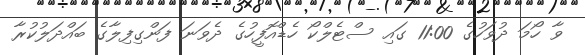
ވާ ހޯމަ ދުވަހުގެ 11:00 ގައި ސްޓެލްކޯ ހެޑްއޮފީހުގެ ދެވަނަ ފަންގިފިލާގެ ބައްދަލުކުރާ